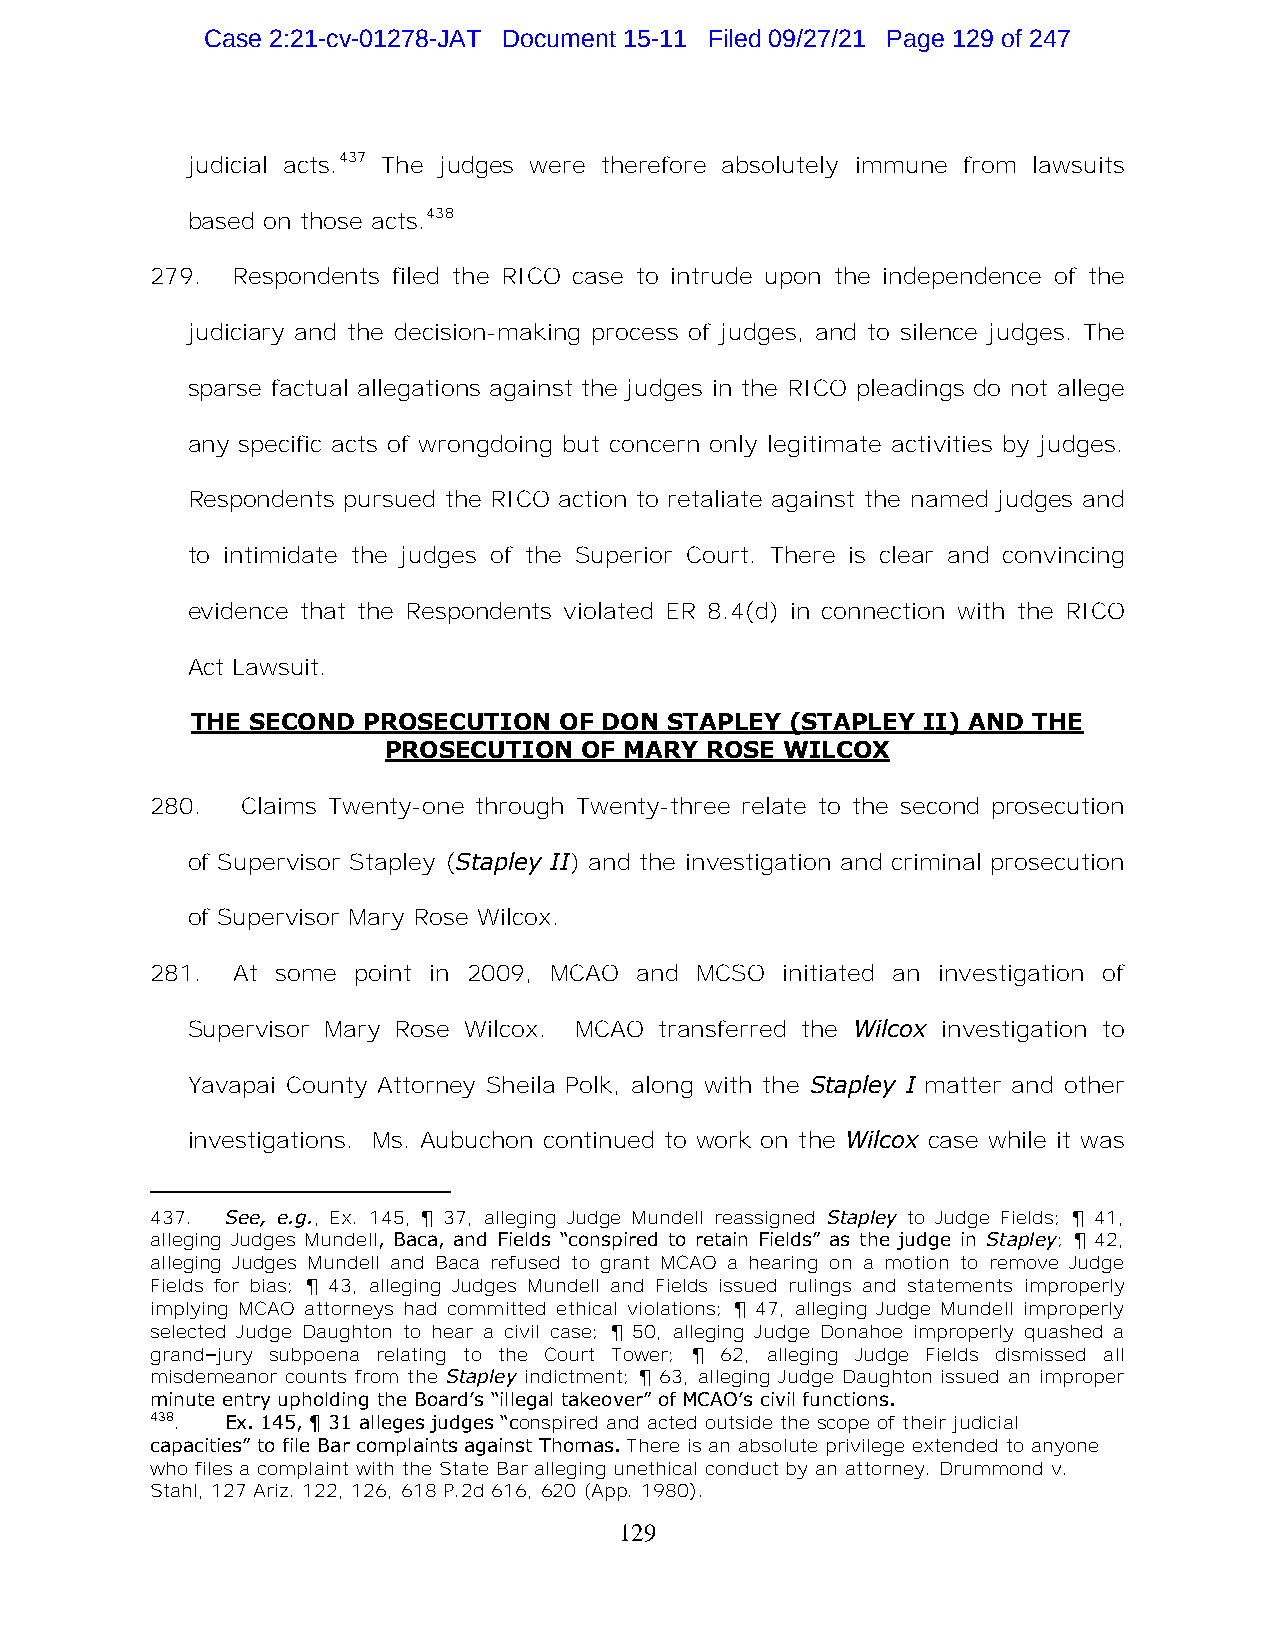
Case 2:21-cv-01278-JAT Document 15-11 Filed 09/27/21 Page 129 of 247
 judicial acts.437 The judges were therefore absolutely immune from lawsuits
 based on those acts.438
 279. Respondents filed the RICO case to intrude upon the independence of the
 judiciary and the decision-making process of judges, and to silence judges. The
 sparse factual allegations against the judges in the RICO pleadings do not allege
 any specific acts of wrongdoing but concern only legitimate activities by judges.
 Respondents pursued the RICO action to retaliate against the named judges and
 to intimidate the judges of the Superior Court. There is clear and convincing
 evidence that the Respondents violated ER 8.4(d) in connection with the RICO
 Act Lawsuit.
 THE SECOND PROSECUTION  OF DON STAPLEY (STAPLEY II) AND THE
 PROSECUTION  OF MARY ROSE WILCOX
 280.  Claims Twenty-one through Twenty-three relate to the second prosecution
 of Supervisor Stapley (Stapley II) and the investigation and criminal prosecution
 of Supervisor Mary Rose Wilcox.
 281. At some point in 2009, MCAO and MCSO initiated an investigation of
 Supervisor Mary Rose Wilcox. MCAO transferred the Wilcox investigation to
 Yavapai County Attorney Sheila Polk, along with the Stapley I matter and other
 investigations. Ms. Aubuchon continued to work on the Wilcox case while it was
 437. See, e.g., Ex. 145, ¶ 37, alleging Judge Mundell reassigned Stapley to Judge Fields; ¶ 41,
 alleging Judges Mundell, Baca, and Fields “conspired to retain Fields” as the judge in Stapley; ¶ 42,
 alleging Judges Mundell and Baca refused to grant MCAO a hearing on a motion to remove Judge
 Fields for bias; ¶ 43, alleging Judges Mundell and Fields issued rulings and statements improperly
 implying MCAO attorneys had committed ethical violations; ¶ 47, alleging Judge Mundell improperly
 selected Judge Daughton to hear a civil case; ¶ 50, alleging Judge Donahoe improperly quashed a
 grand–jury subpoena relating to the Court Tower; ¶ 62, alleging Judge Fields dismissed all
 misdemeanor counts from the Stapley indictment; ¶ 63, alleging Judge Daughton issued an improper
 minute entry upholding the Board’s “illegal takeover” of MCAO’s civil functions.
 438. Ex. 145, ¶ 31 alleges judges “conspired and acted outside the scope of their judicial
 capacities” to file Bar complaints against Thomas. There is an absolute privilege extended to anyone
 who files a complaint with the State Bar alleging unethical conduct by an attorney. Drummond v.
 Stahl, 127 Ariz. 122, 126, 618 P.2d 616, 620 (App. 1980).
 129